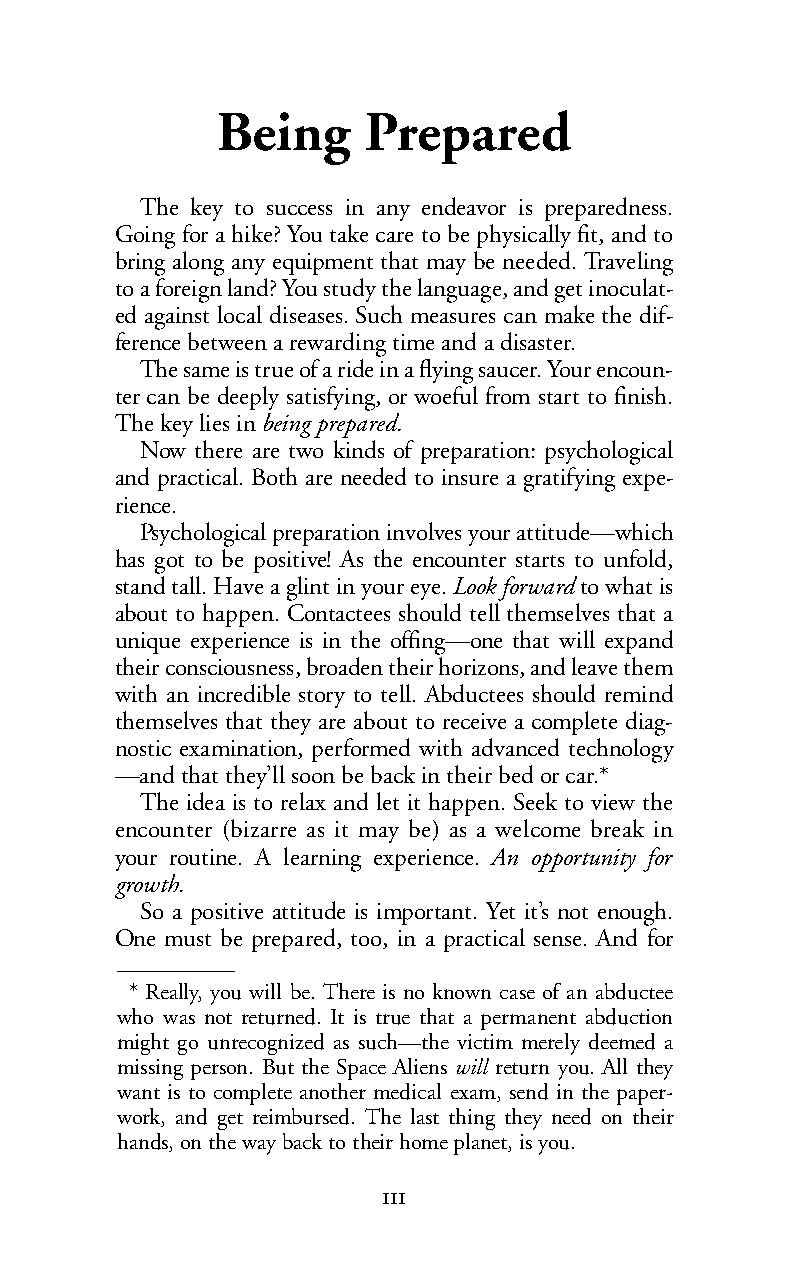
Being     Prepared
 The key to success in any endeavor is preparedness.
 Going for a hike? You take care to be physically fit, and to
 bring along any equipment that may be needed. Traveling
 to a foreign land? You study the language, and get inoculat-
 ed against local diseases. Such measures can make the dif-
 ference between a rewarding time and a disaster.
 The same is true of a ride in a flying saucer. Your encoun-
 ter can be deeply satisfying, or woeful from start to finish.
 The key lies inbeing prepared.
 Now there are two kinds of preparation: psychological
 and practical. Both are needed to insure a gratifying expe-
 rience.
 Psychological preparation involves your attitude—which
 has got to be positive! As the encounter starts to unfold,
 stand tall. Have a glint in your eye.Look forward to what is
 about to happen. Contactees should tell themselves that a
 unique experience is in the offing—one that will expand
 their consciousness, broaden their horizons, and leave them
 with an incredible story to tell. Abductees should remind
 themselves that they are about to receive a complete diag-
 nostic examination, performed with advanced technology
 —and that they’ll soon be back in their bed or car.*
 The idea is to relax and let it happen. Seek to view the
 encounter (bizarre as it may be) as a welcome break in
 your routine. A learning experience. An opportunity for
 growth.
 So a positive attitude is important. Yet it’s not enough.
 One must be prepared, too, in a practical sense. And for
 * Really, you will be. There is no known case of an abductee
 who was not returned. It is true that a permanent abduction
 might go unrecognized as such—the victim merely deemed a
 missing person. But the Space Alienswill return you. All they
 want is to complete another medical exam, send in the paper-
 work, and get reimbursed. The last thing they need on their
 hands, ontheway back to their homeplanet, is you.
 